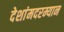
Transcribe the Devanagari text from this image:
देशांमदरम्यान